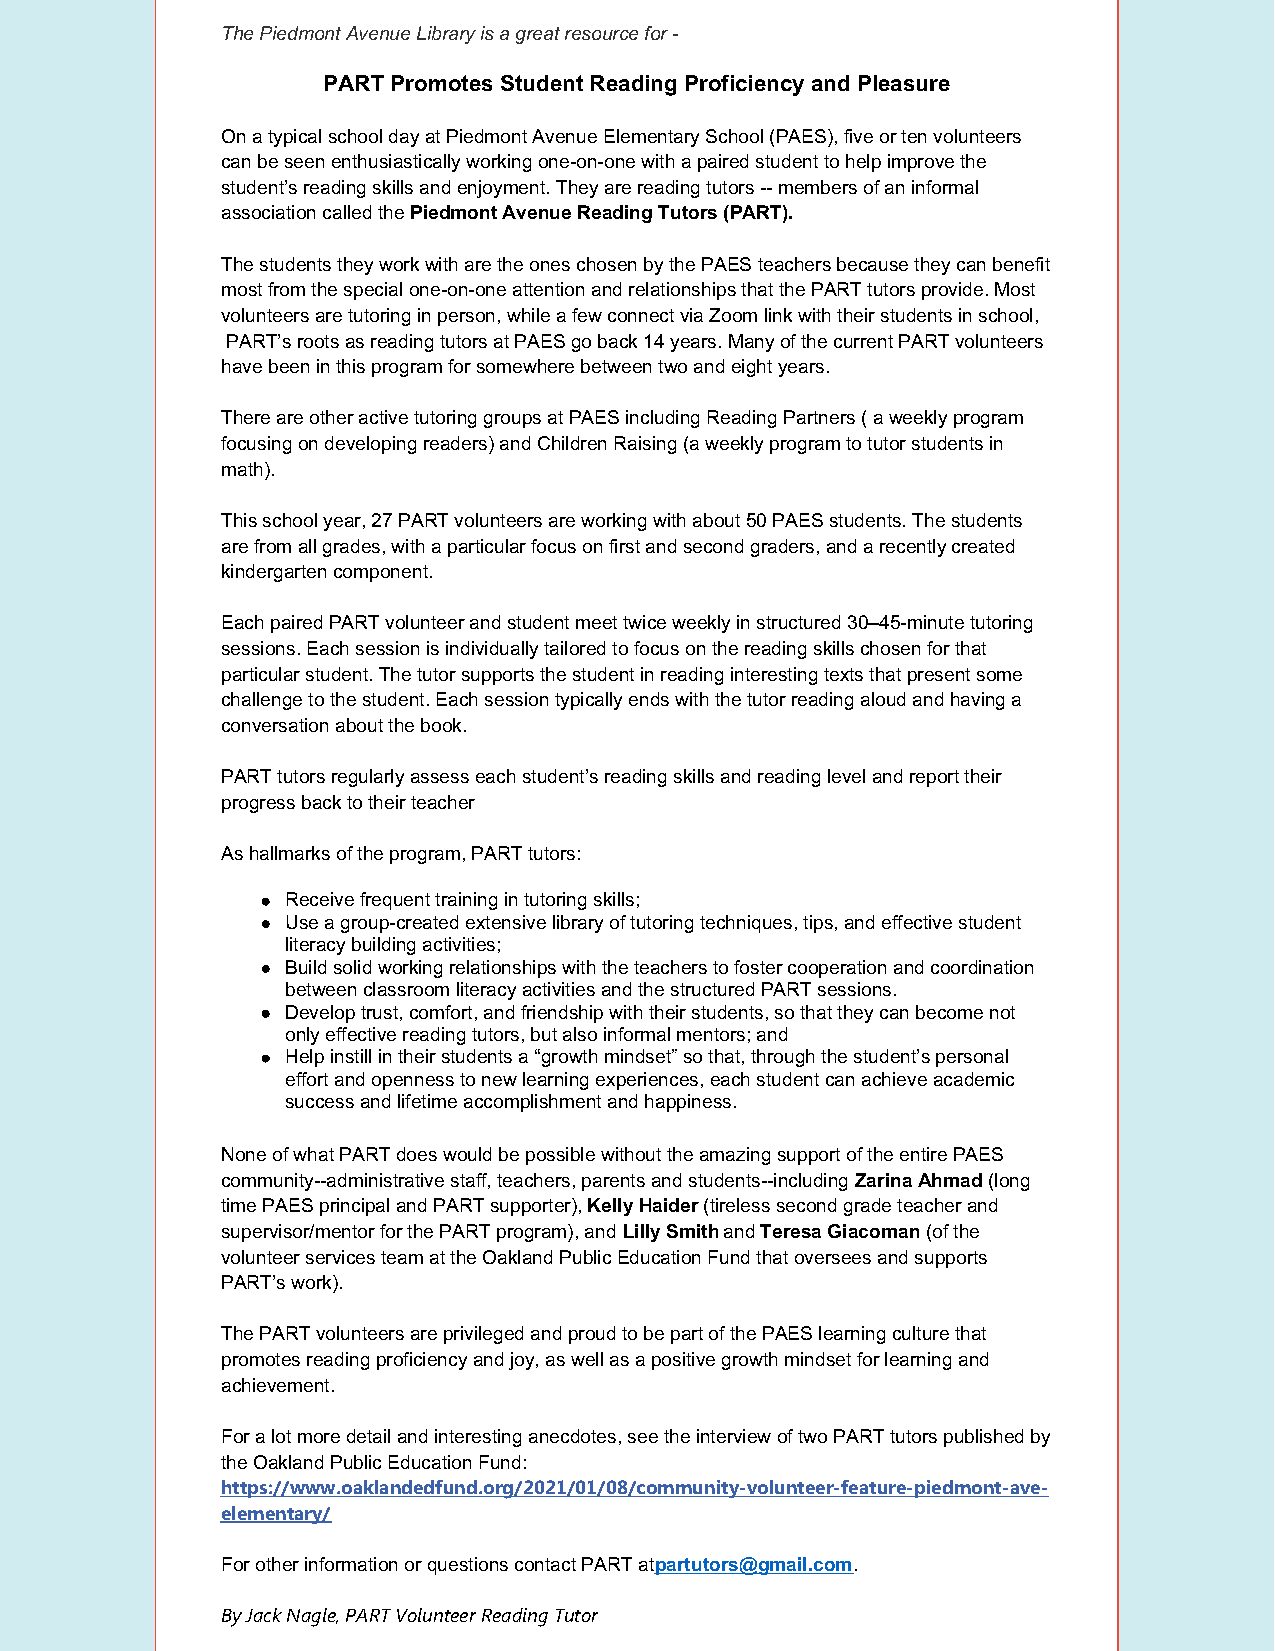
The Piedmont Avenue Library is a great resource for -
 PART Promotes Student Reading Proficiency and Pleasure
 On a typical school day at Piedmont Avenue Elementary School (PAES), five or ten volunteers
 can be seen enthusiastically working one-on-one with a paired student to help improve the
 student’s reading skills and enjoyment. They are reading tutors -- members of an informal
 association called the Piedmont Avenue Reading Tutors (PART).
 The students they work with are the ones chosen by the PAES teachers because they can benefit
 most from the special one-on-one attention and relationships that the PART tutors provide. Most
 volunteers are tutoring in person, while a few connect via Zoom link with their students in school,
 PART’s roots as reading tutors at PAES go back 14 years. Many of the current PART volunteers
 have been in this program for somewhere between two and eight years.
 There are other active tutoring groups at PAES including Reading Partners ( a weekly program
 focusing on developing readers) and Children Raising (a weekly program to tutor students in
 math).
 This school year, 27 PART volunteers are working with about 50 PAES students. The students
 are from all grades, with a particular focus on first and second graders, and a recently created
 kindergarten component.
 Each paired PART volunteer and student meet twice weekly in structured 30–45-minute tutoring
 sessions. Each session is individually tailored to focus on the reading skills chosen for that
 particular student. The tutor supports the student in reading interesting texts that present some
 challenge to the student. Each session typically ends with the tutor reading aloud and having a
 conversation about the book.
 PART tutors regularly assess each student’s reading skills and reading level and report their
 progress back to their teacher
 As hallmarks of the program, PART tutors:
 Receive frequent training in tutoring skills;
 Use a group-created extensive library of tutoring techniques, tips, and effective student
 literacy building activities;
 Build solid working relationships with the teachers to foster cooperation and coordination
 between classroom literacy activities and the structured PART sessions.
 Develop trust, comfort, and friendship with their students, so that they can become not
 only effective reading tutors, but also informal mentors; and
 Help instill in their students a “growth mindset” so that, through the student’s personal
 effort and openness to new learning experiences, each student can achieve academic
 success and lifetime accomplishment and happiness.
 None of what PART does would be possible without the amazing support of the entire PAES
 community--administrative staff, teachers, parents and students--including Zarina Ahmad (long
 time PAES principal and PART supporter), Kelly Haider (tireless second grade teacher and
 supervisor/mentor for the PART program), and Lilly Smith and Teresa Giacoman (of the
 volunteer services team at the Oakland Public Education Fund that oversees and supports
 PART’s work).
 The PART volunteers are privileged and proud to be part of the PAES learning culture that
 promotes reading proficiency and joy, as well as a positive growth mindset for learning and
 achievement.
 For a lot more detail and interesting anecdotes, see the interview of two PART tutors published by
 the Oakland Public Education Fund:
 https://www.oaklandedfund.org/2021/01/08/community-volunteer-feature-piedmont-ave-
 elementary/
 For other information or questions contact PART at partutors@gmail.com.
 By Jack Nagle, PART Volunteer Reading Tutor